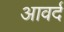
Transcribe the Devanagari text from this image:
आवर्द